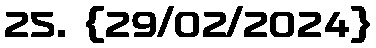
25. {29/02/2024}